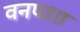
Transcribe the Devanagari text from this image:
वनपशा